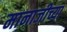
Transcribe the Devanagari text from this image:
मानाजीच्या